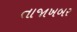
તાજાખબર